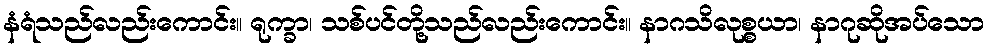
နံရံသည်လည်းကောင်း။ ရုက္ခာ၊ သစ်ပင်တို့သည်လည်းကောင်း။ နာဂသိလုစ္စယာ၊ နာဂုဆိုအပ်သော